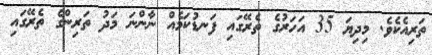
ތަރިއެކެވެ. މިދިޔަ 35 އަހަރުގެ ތެރޭގައި ފަނޑުކަމެއް ނާންނަ މަދު ތަރިންގެ ތެރޭގައި